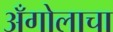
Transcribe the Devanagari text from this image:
अँगोलाचा